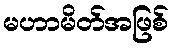
မဟာမိတ်အဖြစ်